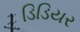
ડિડિયર